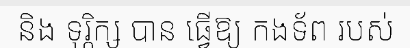
និង ទុរ្ភិក្ស បាន ធ្វើឱ្យ កងទ័ព របស់